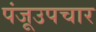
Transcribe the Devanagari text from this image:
पंजूउपचार